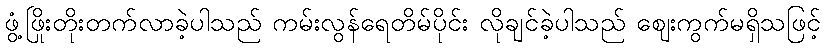
ဖွံ့ဖြိုးတိုးတက်လာခဲ့ပါသည် ကမ်းလွန်ရေတိမ်ပိုင်း လိုချင်ခဲ့ပါသည် ဈေးကွက်မရှိသဖြင့်